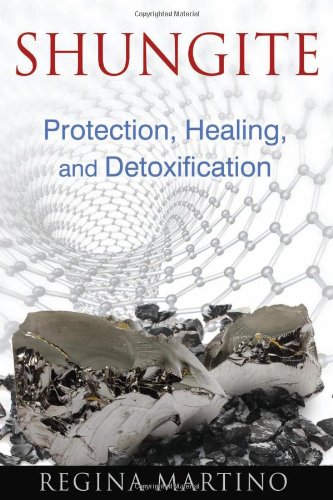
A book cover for Shungite: Protection, Healing, and Detoxification; Regina Martino; Health, Fitness & Dieting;